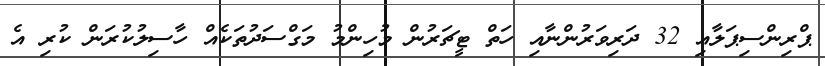
ޕްރިންސިޕަލާއި 32 ދަރިވަރުންނާއި ހަތް ޓީޗަރުން މުހިންމު މަގްސަދުތަކެއް ހާސިލުކުރަން ކުރި އެ